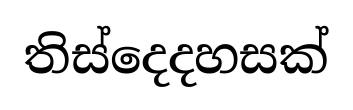
තිස්දෙදහසක්